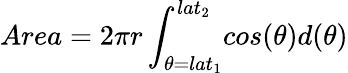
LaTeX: Area=2\pi r\int_{\theta=lat_{1}}^{lat_{2}}\! cos(\theta)d(\theta)